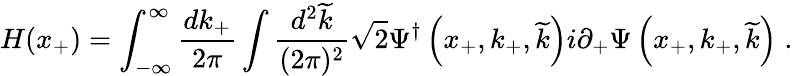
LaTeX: H(x_{+})=\int_{-\infty}^{\infty}{\frac{dk_{+}}{2\pi}}\int{\frac{d^{2}\widetilde{k}}{(2\pi)^{2}}}\sqrt{2}\Psi^{\dagger}\left(x_{+},k_{+},\widetilde{k}\right)i\partial_{+}\Psi\left(x_{+},k_{+},\widetilde{k}\right)\; .